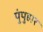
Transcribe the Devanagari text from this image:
पुंपुहार